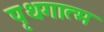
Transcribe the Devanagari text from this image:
पृथगात्म